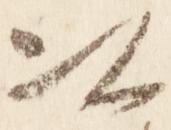
以